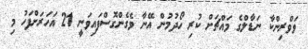
ވަވްރިންކާ ނަޑާލްގެ މައްޗަށް ކުރި ހޯދުމުން އޭނާ ވެގެންގޮސްފައިވަނީ 21 އަހަރަށްފަހު މި